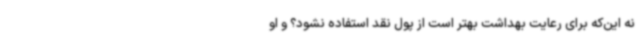
نه این‌که برای رعایت بهداشت بهتر است از پول نقد استفاده نشود؟ و او